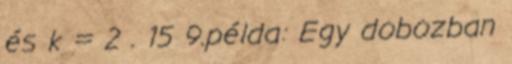
és k = 2 . 15 9.példa: Egy dobozban